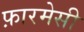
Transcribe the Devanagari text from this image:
फ़ारमेसी